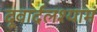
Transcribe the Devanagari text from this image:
दूवार्दलश्यामं